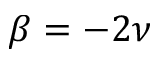
\beta = - 2 \nu